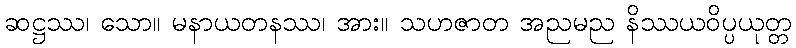
ဆဋ္ဌဿ၊ သော။ မနာယတနဿ၊ အား။ သဟဇာတ အညမည နိဿယဝိပ္ပယုတ္တ